system: You are a helpful assistant.
user:
Analyze the provided spectrum to determine if it is a **M-type Giant (gM)**.

A M-type Giant spectrum is defined by its **strong molecular absorption** features, particularly from **Titanium Oxide (TiO)**. You must check for one of the following mutually exclusive signatures:

- **Key Visual Indicators (Absorption-Dominated Spectrum):**

    - **(Primary):** The spectrum is dominated by strong molecular absorption from **Titanium Oxide (TiO)**. This is the **defining feature** of its M-type temperature class.
        - **(Key Bandheads):** Look for sharp, "saw-tooth" absorption valleys. The strongest are located near **~7050 Å**, **~6160 Å**, and **~5170 Å**.
        - **(Line Profile):** The "saw-tooth" morphology is critical: a **sharp, steep drop on the BLUE (short-wavelength) side** of the bandhead, followed by a gradual recovery (rising flux) towards the RED (long-wavelength) side.

    - **(Key Confirmation - Giant vs. Dwarf):** **ABSENCE** of strong **Calcium Hydride (CaH)** molecular bands. This is the primary diagnostic for *excluding* M-dwarfs.
        - **(Key Region):** The spectrum should lack the strong, broad absorption band seen in dwarfs between **~6800 Å and ~7000 Å**.

    - **(Secondary Confirmation - Giant):** A very strong and broad **Neutral Calcium (Ca I)** atomic absorption line.
        - **(Key Line):** Located at **~4226 Å**. In a giant (gM), this line is significantly deeper and broader than the same line in an M-dwarf (dM) due to low surface gravity.

    - **(Overall Spectrum):**
        - The continuum is **extremely red-sloping** (i.e., flux is very low in the blue and rises dramatically towards the red).
        - The entire spectrum appears "chopped up" by the deep TiO bands.

Think first, call **spectral_visualization_tool** if needed to examine features in detail, then provide your final answer. Your response must adhere to the following strict rules:
1.  **Overall Structure:** Your response must follow the format `<think>...</think> <tool_call>...</tool_call> (if a tool is used) <answer>...</answer>`.
2.  **Tool Usage Constraint:** You may only make **one** tool call per turn.
3.  **Final Answer Format:** In the `<answer>` tag, your conclusion must be inside a `\boxed{}` command (e.g., `\boxed{YES}` or `\boxed{NO}`), followed by your justification.

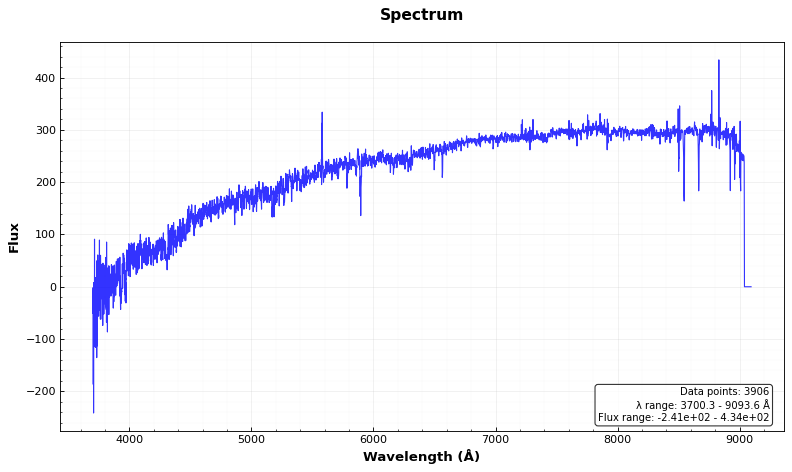
Answer: NO